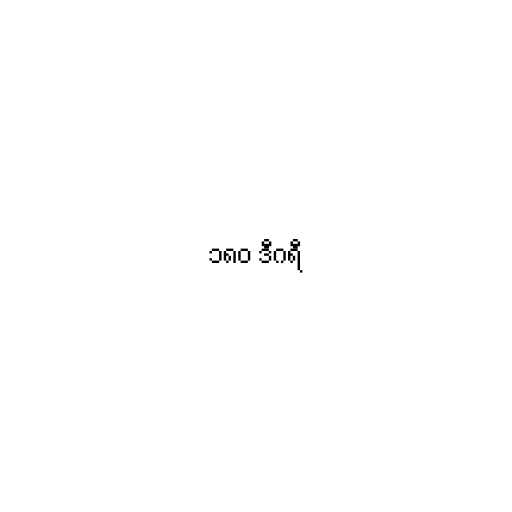
၁၈၀ ဒီဂရီ